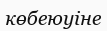
көбеюуіне